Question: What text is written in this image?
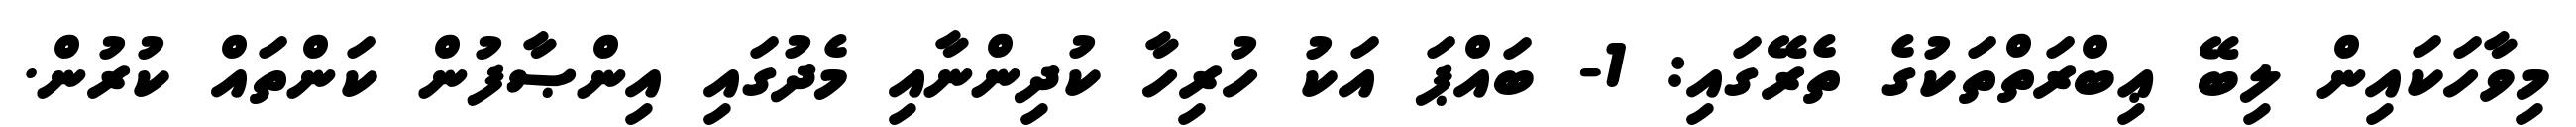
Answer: މިވާހަކައިން ލިބޭ ޢިބްރަތްތަކުގެ ތެރޭގައި: 1- ބައްޕަ އަކު ހުރިހާ ކުދިންނާއި މެދުގައި އިންޞާފުން ކަންތައް ކުރުން.